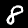
Label: 8